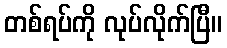
တစ်ရပ်ကို လုပ်လိုက်ပြီ။